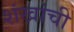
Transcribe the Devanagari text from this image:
शंखांची